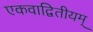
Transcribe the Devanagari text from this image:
एकवाद्वितीयम्